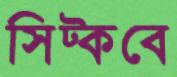
সিট্‌কবে